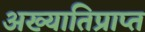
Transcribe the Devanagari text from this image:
अख्यातिप्राप्त